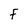
Character: f